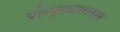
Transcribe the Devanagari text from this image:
पंतप्रधानालाच